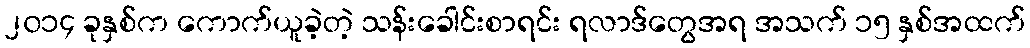
၂၀၁၄ ခုနှစ်က ကောက်ယူခဲ့တဲ့ သန်းခေါင်းစာရင်း ရလာဒ်တွေအရ အသက် ၁၅ နှစ်အထက်